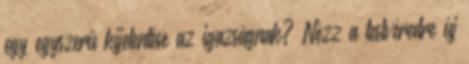
egy egyszerű kijelentése az igazságnak? Nézz a testvéredre új